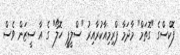
ފޮކްސްގެ "ގޮތަމް" މާދަމާ ޕްރިމިއާކުރާއިރު "ސްލީޕީ ހޮލޯ" ގެ އާ ސީޒަން ވެސް